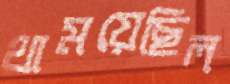
থাময়েছিল